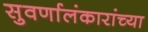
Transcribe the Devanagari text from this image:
सुवर्णालंकारांच्या